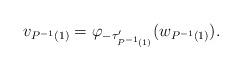
LaTeX: \begin{align*}v_{P^{-1}(1)}=\varphi_{-\tau'_{P^{-1}(1)}}(w_{P^{-1}(1)}).\end{align*}